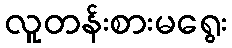
လူတန်းစားမရွေး